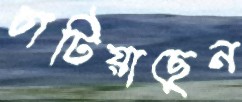
চাটিয়াছেন